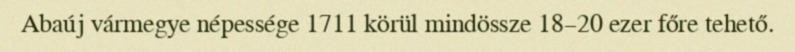
Abaúj vármegye népessége 1711 körül mindössze 18–20 ezer főre tehető.